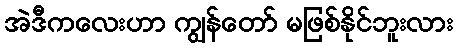
အဲဒီကလေးဟာ ကျွန်တော် မဖြစ်နိုင်ဘူးလား